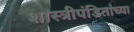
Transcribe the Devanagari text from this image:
शास्त्रीपंडितांच्या